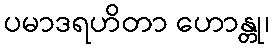
ပမာဒရဟိတာ ဟောန္တု၊